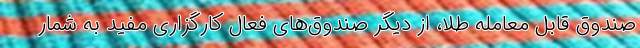
صندوق قابل معامله طلا، از دیگر صندوق‌های فعال کارگزاری مفید به شمار